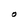
Character: O